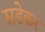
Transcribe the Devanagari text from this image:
सडेकर